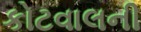
કોટવાલની